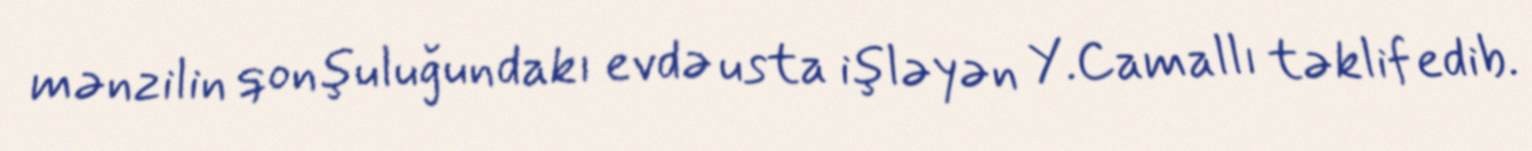
mənzilin qonşuluğundakı evdə usta işləyən Y.Camallı təklif edib.